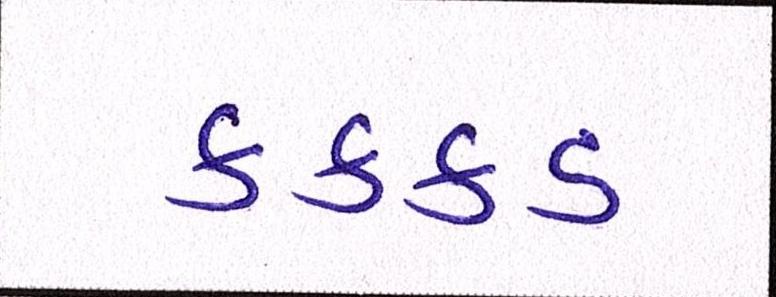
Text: કક્કડ